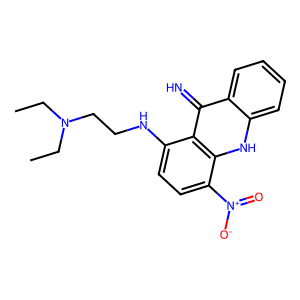
SMILES: CCN(CC)CCNc1ccc([N+](=O)[O-])c2[nH]c3ccccc3c(=N)c12
Inhibits HIV replication: No